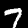
Label: 7